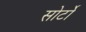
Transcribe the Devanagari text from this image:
सोर्टो